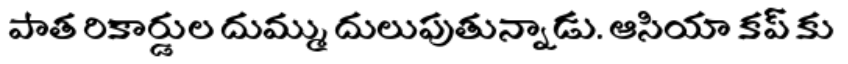
పాత రికార్డుల దుమ్ము దులుపుతున్నాడు. ఆసియా కప్ కు